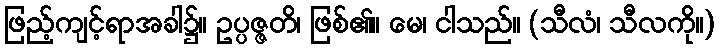
ဖြည့်ကျင့်ရာအခါ၌။ ဥပ္ပဇ္ဇတိ၊ ဖြစ်၏။ မေ၊ ငါသည်။ (သီလံ၊ သီလကို။)